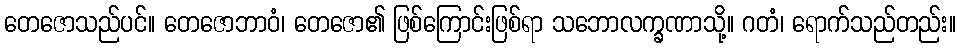
တေဇောသည်ပင်။ တေဇောဘာဝံ၊ တေဇော၏ ဖြစ်ကြောင်းဖြစ်ရာ သဘောလက္ခဏာသို့။ ဂတံ၊ ရောက်သည်တည်း။